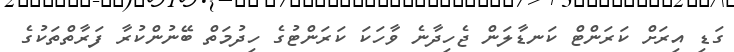
ގަޑި އިރަށް ކަރަންޓް ކަނޑާލަން ޖެހިދާނެ ވާހަކަ ކަރަންޓުގެ ހިދުމަތް ބޭނުންކުރާ ފަރާތްތަކުގެ